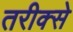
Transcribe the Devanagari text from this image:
तरीक्से